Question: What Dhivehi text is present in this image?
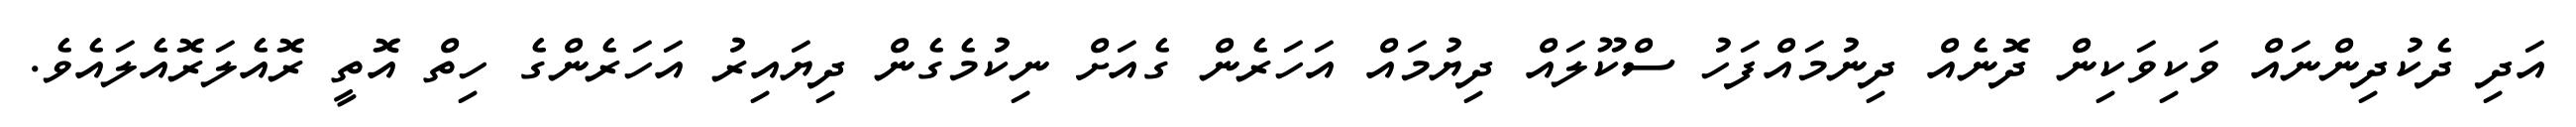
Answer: އަދި ދެކުދިންނައް ވަކިވަކިން ދޮނެއް ދިނުމައްފަހު ސްކޫލައް ދިޔުމައް އަހަރެން ގެއަށް ނިކުމެގެން ދިޔައިރު އަހަރެންގެ ހިތް އޮތީ ރޮއެލަރޮއެލައެވެ.